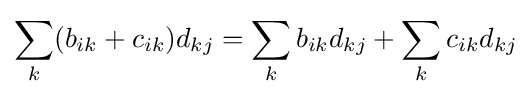
\sum _{k}(b_{ik}+c_{ik})d_{kj}=\sum _{k}b_{ik}d_{kj}+\sum _{k}c_{ik}d_{kj}